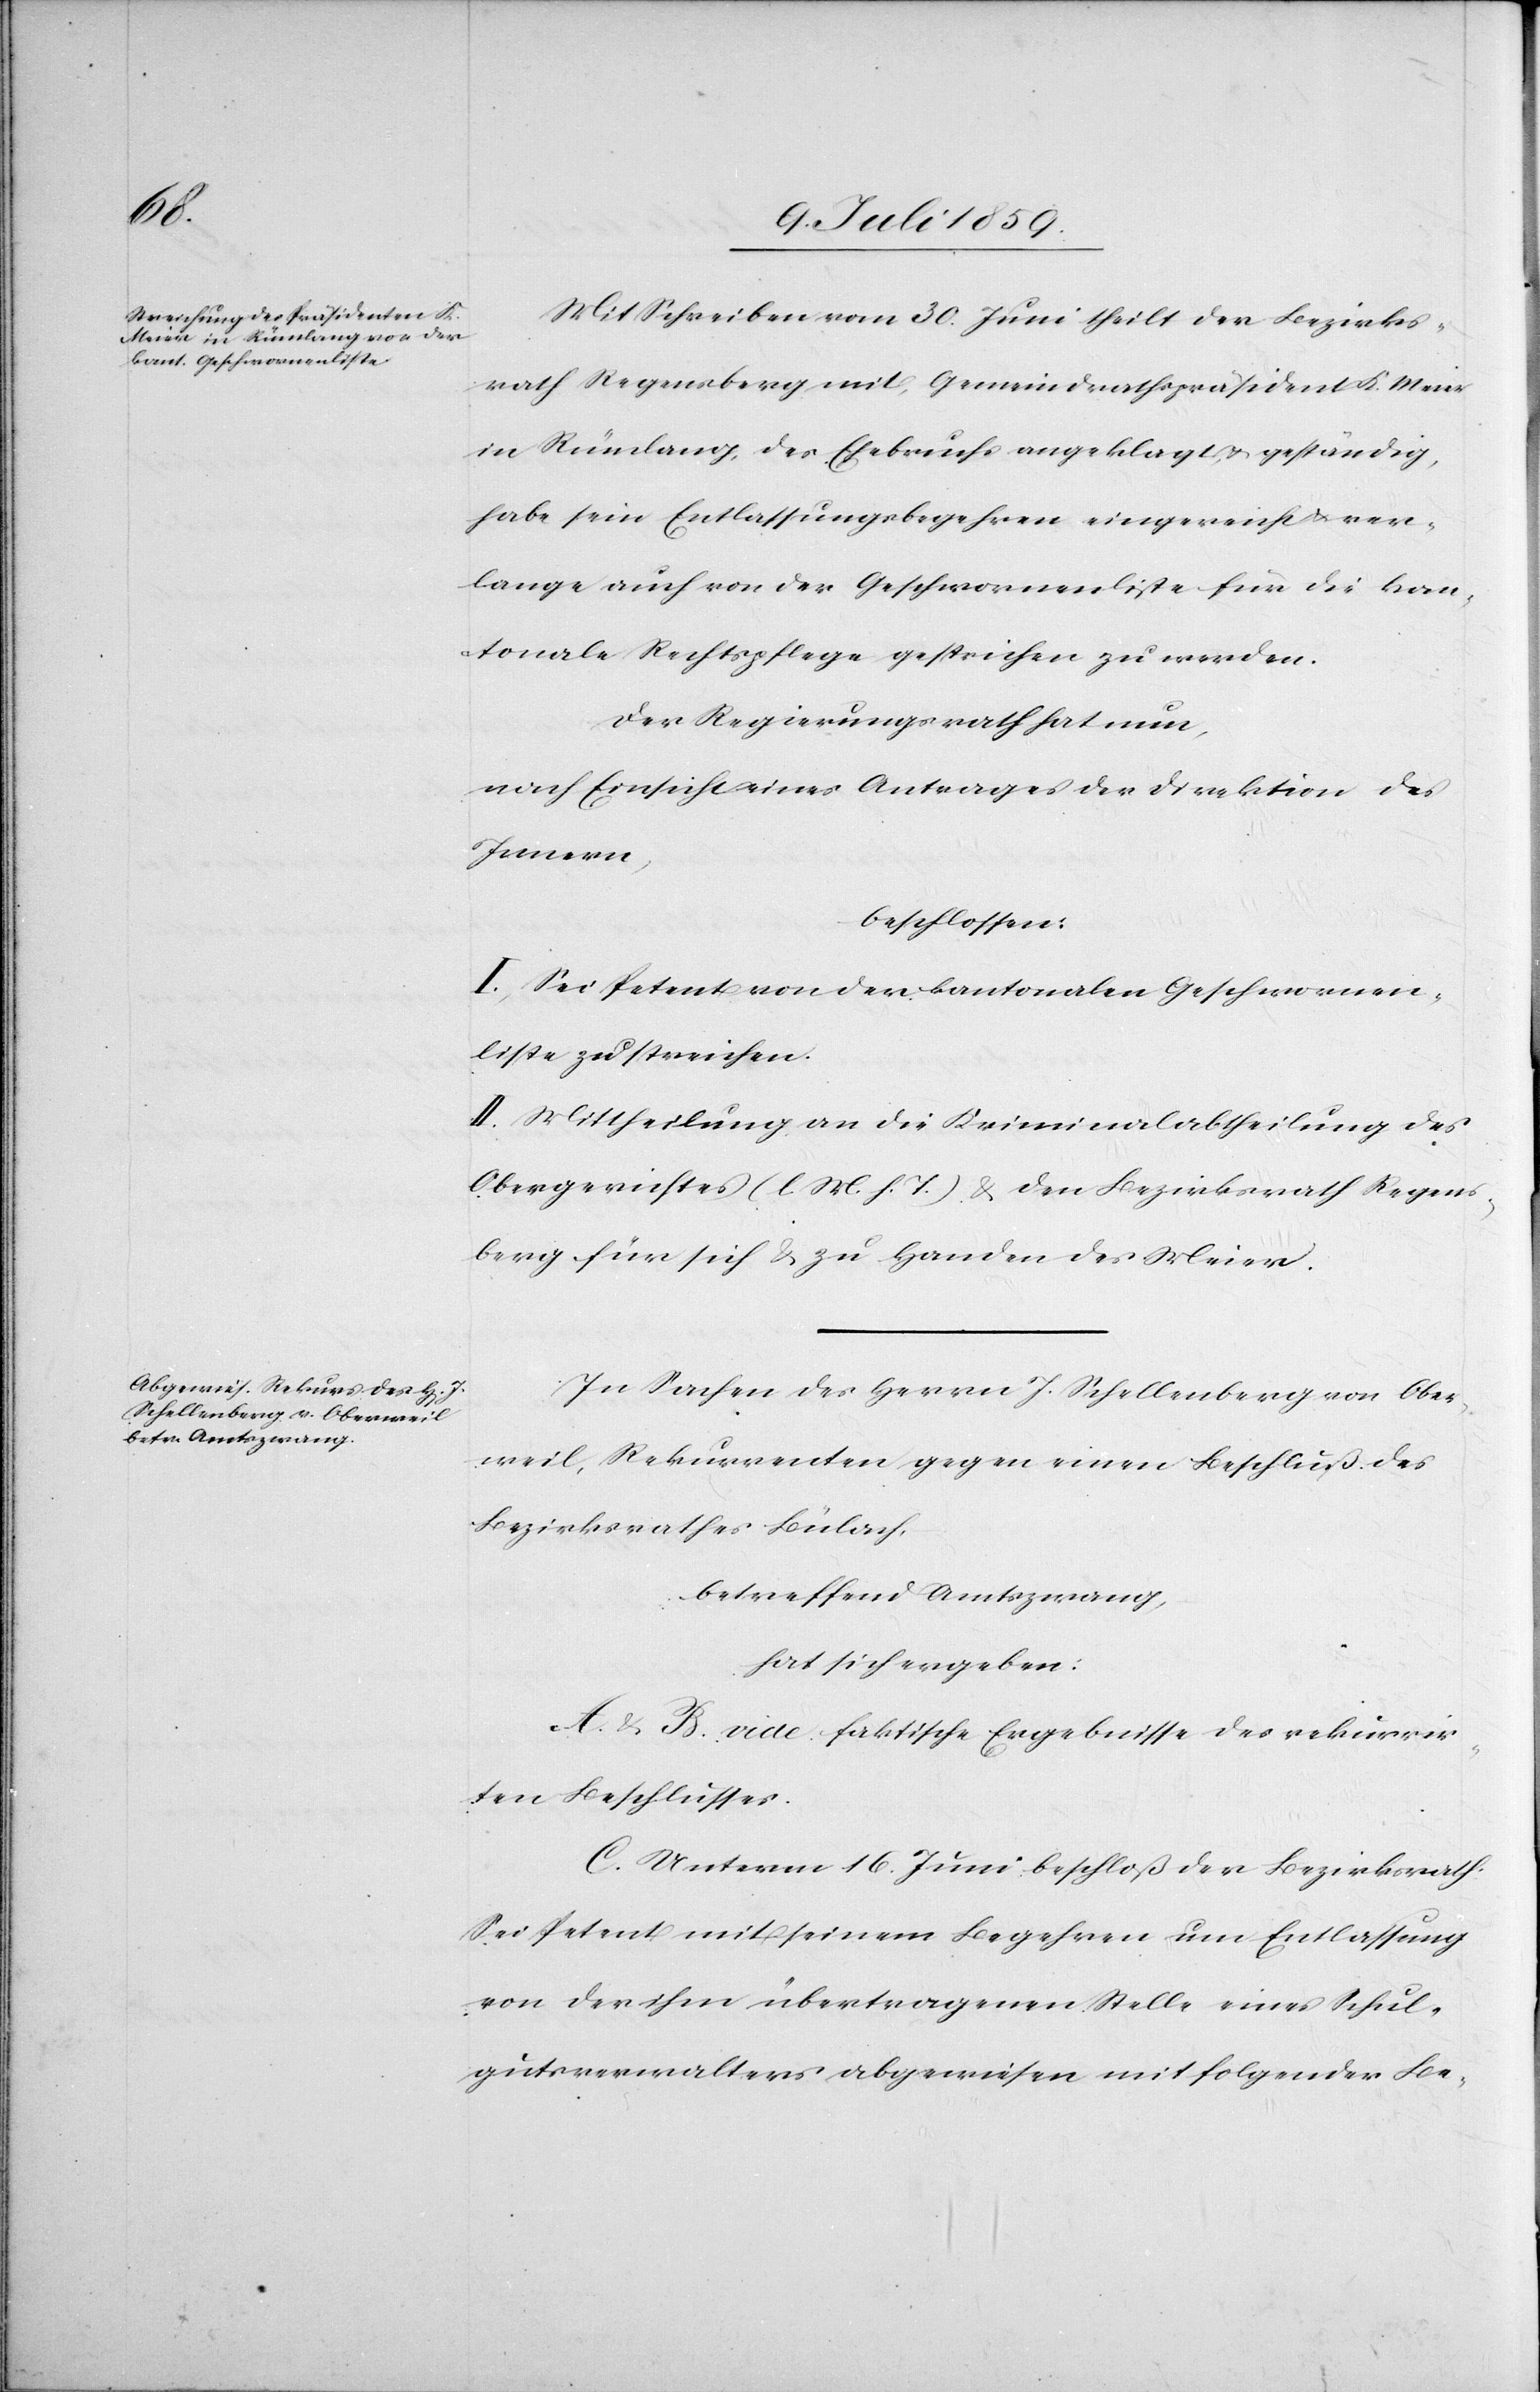
Mit Schreiben vom 30. Juni theilt der Bezirks¬
rath Regensberg mit, Gemeindrathspräsident K. Meier
in Rümlang, des Ehebruchs angeklagt, u. geständig,
habe sein Entlassungsbegehren eingereicht u. ver¬
lange auch von der Geschwornenliste für die kan¬
tonale Rechtspflege gestrichen zu werden.
Der Regierungsrath hat nun,
nach Einsicht eines Antrages der Direktion des
Innern,
beschlossen:
I. Sei Petent von der kantonalen Geschwornen¬
liste zu streichen.
II. Mittheilung an die Kriminalabtheilung des
Obergerichtes (l. M. h. T.) u. den Bezirksrath Regens¬
berg für sich u. zu Handen des Meier.
In Sachen des Herrn J. Schellenberg von Ober¬
weil, Rekurrenten gegen einen Beschluß des
Bezirksrathes Bülach,
betreffend Amtszwang,
hat sich ergeben:
A. u. B. vide faktische Ergebnisse des rekurrir¬
ten Beschlusses.
C. Unterm 16. Juni beschloß der Bezirksrath:
Sei Petent mit seinem Begehren um Entlassung
von der ihm übertragenen Stelle eines Schul¬
gutsverwalters abgewiesen mit folgender Be-